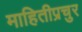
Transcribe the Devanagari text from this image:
माहितीप्रचुर